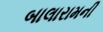
બાલારામની